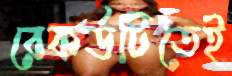
রেকর্ডটিতেই